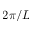
2 \pi / L